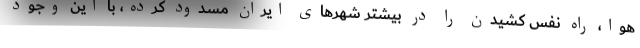
هوا، راه نفس کشیدن را در بیشتر شهرهای ایران مسدود کرده، با این وجود